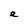
Character: e